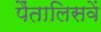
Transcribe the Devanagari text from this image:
पैंतालिसवें